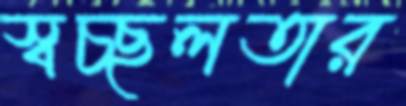
স্বচ্ছলতার